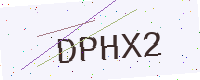
Text: DPHX2